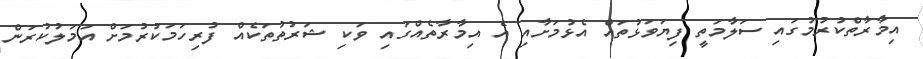
އިމާރާތްކުރުމުގައި ސަލާމަތީ ފިޔަވަޅުތައް އެޅުމަށާއި އެ އިމާރާތެއްގައި ވަކި ޝަރުތުތަކެއް ފުރިހަމަކުރުމަށް އަމަލުކުރަން